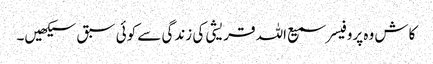
کاش وہ پروفیسر سمیع اللہ قریشی کی زندگی سے کوئی سبق سیکھیں۔